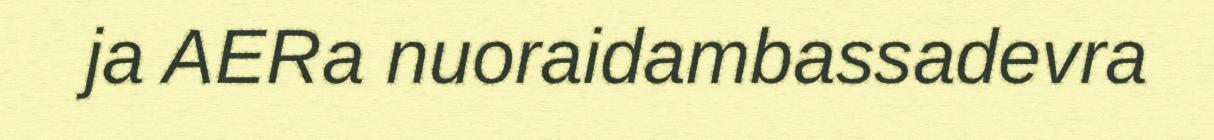
ja AERa nuoraidambassadevra